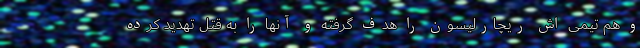
و هم تیمی اش ریچارلیسون را هدف گرفته و آنها را به قتل تهدید کرده